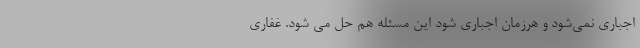
اجباری نمی‌شود و هرزمان اجباری شود این مسئله هم حل می شود. غفاری